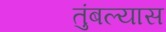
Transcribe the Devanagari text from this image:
तुंबल्यास